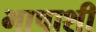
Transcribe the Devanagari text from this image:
भाषाशी